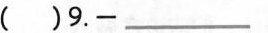
( )9.-_________